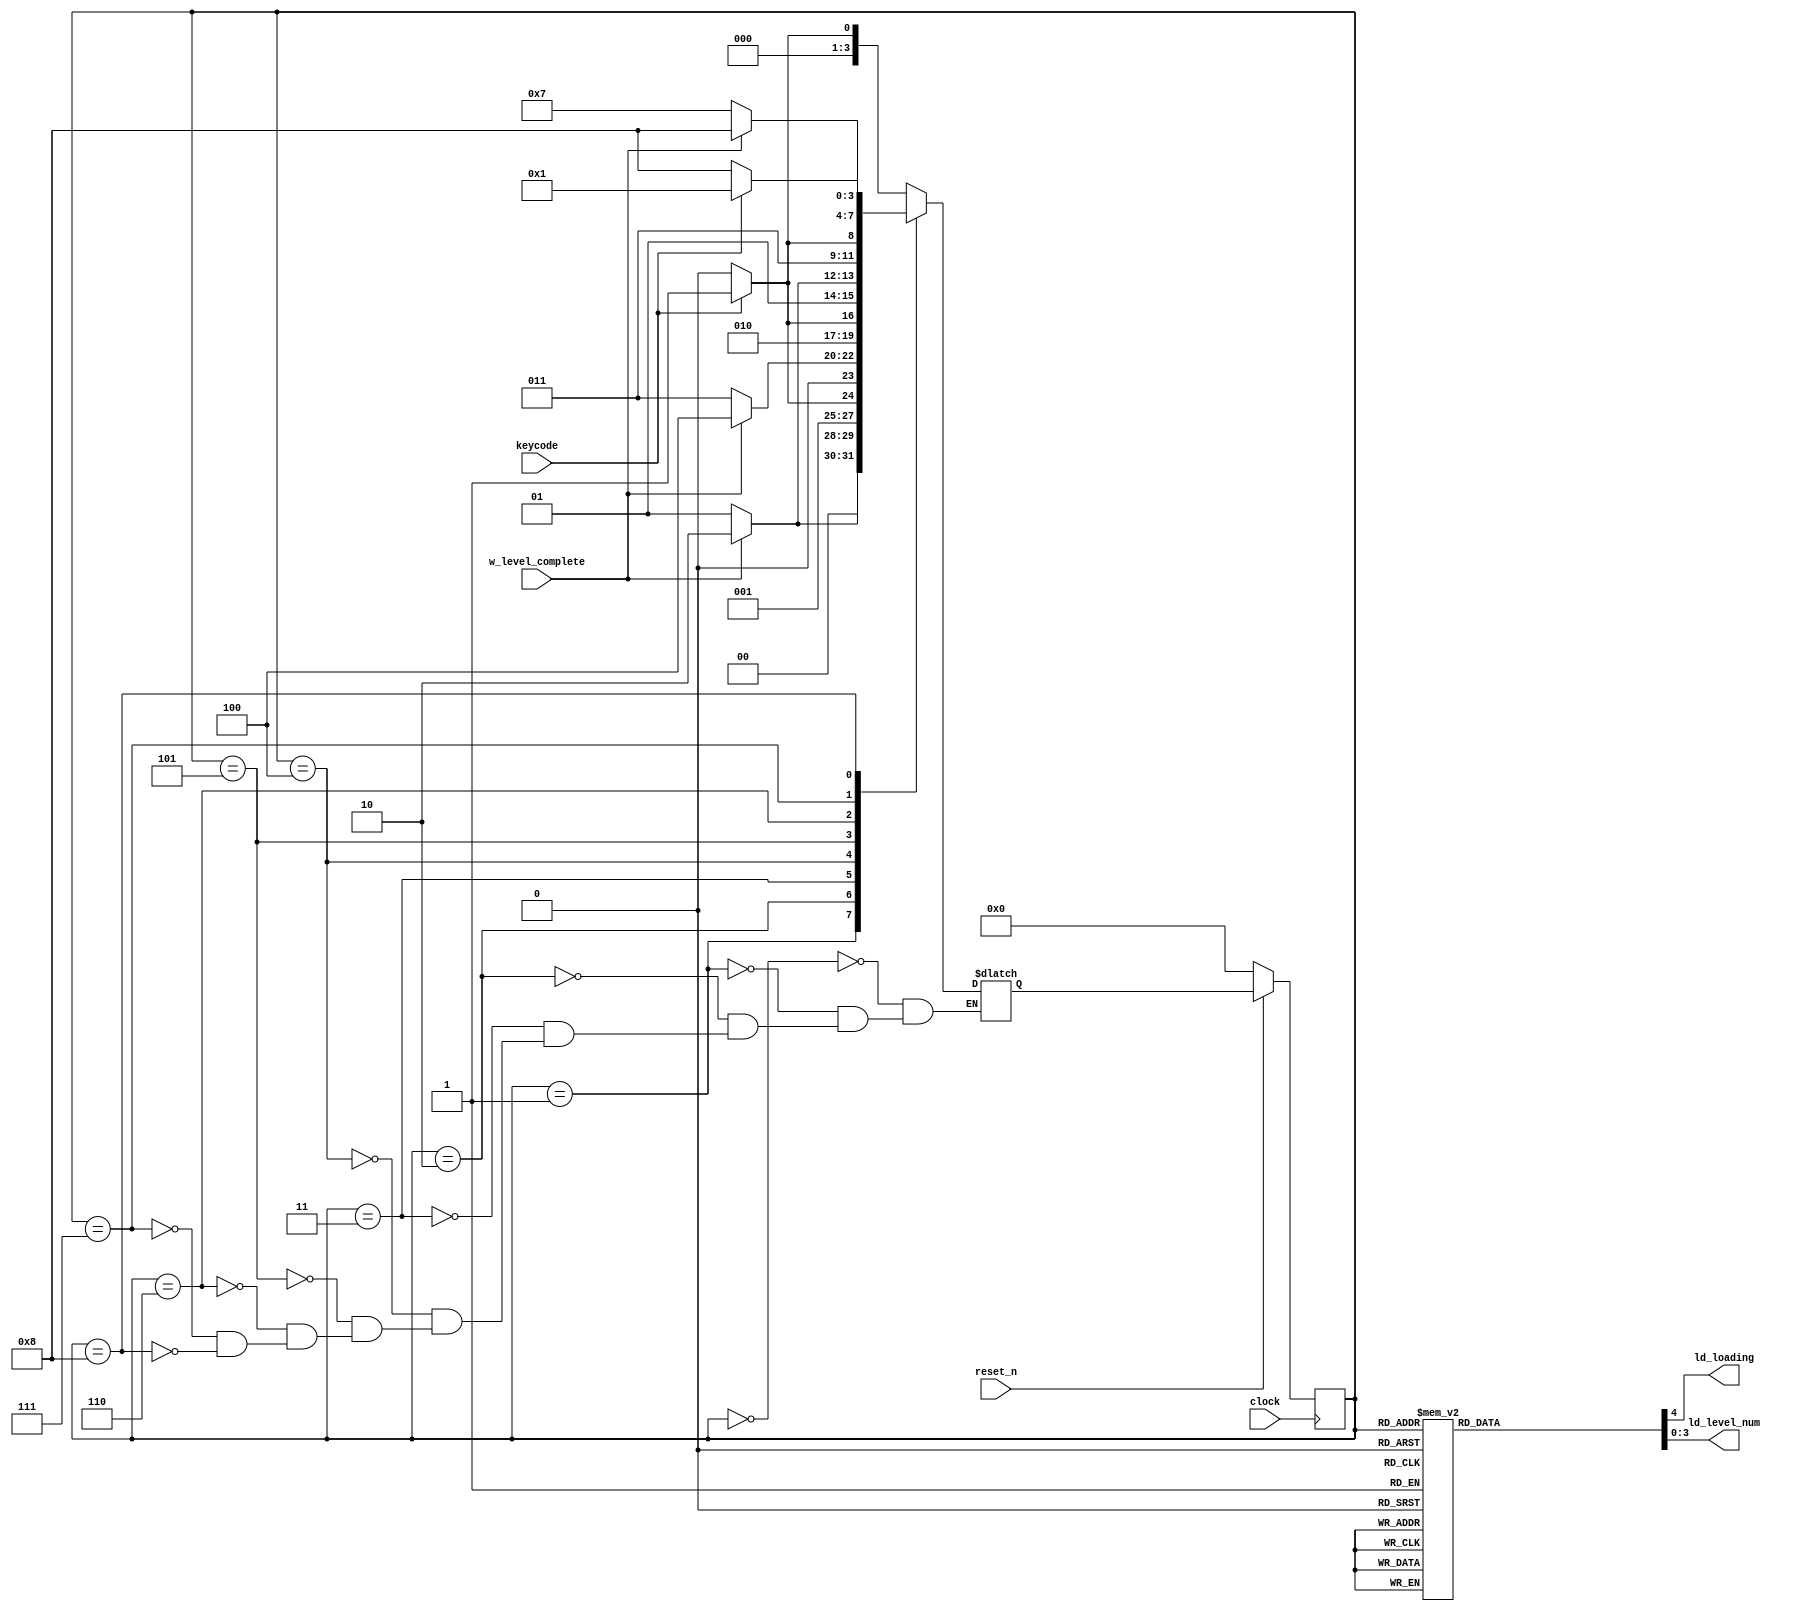

module game_levels(
           input clock,
           input keycode,
           input reset_n,
           input w_level_complete,
           output reg ld_loading,
           output reg [3:0] ld_level_num
       );

reg [3:0] current_state, next_state;

localparam  S_INTRO = 4'd0,
            S_LEVEL_1 = 4'd1,
            S_LEVEL_1_WAIT = 4'd2,
            S_LEVEL_2 = 4'd3,
            S_LEVEL_2_WAIT = 4'd4,
            S_LEVEL_3 = 4'd5,
            S_LEVEL_3_WAIT = 4'd6,
            S_LEVEL_4 = 4'd7,
            S_OUTRO = 4'd8;

wire wkeypressed;
assign wkeypressed = (keycode != 3'b000);

always @(*)
begin: state_table
    case (current_state)
        S_INTRO: next_state = wkeypressed ? S_LEVEL_1 : S_INTRO;
        S_LEVEL_1: next_state = w_level_complete ? S_LEVEL_1_WAIT: S_LEVEL_1;
        S_LEVEL_1_WAIT: next_state = wkeypressed ? S_LEVEL_2 : S_LEVEL_1_WAIT;
        S_LEVEL_2: next_state = w_level_complete ? S_LEVEL_2_WAIT: S_LEVEL_2;
        S_LEVEL_2_WAIT: next_state = wkeypressed ? S_LEVEL_3 : S_LEVEL_2_WAIT;
        S_LEVEL_3: next_state = w_level_complete ? S_LEVEL_3_WAIT: S_LEVEL_3;
        S_LEVEL_3_WAIT: next_state = wkeypressed ? S_LEVEL_4 : S_LEVEL_3_WAIT;
        S_LEVEL_4: next_state = w_level_complete ? S_OUTRO: S_LEVEL_4;
        S_OUTRO: next_state = wkeypressed ? S_LEVEL_1 : S_OUTRO;
    endcase
end
always @(*)
begin
    // default signals are zero
    ld_level_num = 4'b0000;
    ld_loading = 1'b0;
    case (current_state)
        S_INTRO: begin
            ld_level_num = 4'b0000;
            ld_loading = 1'b1;
        end
        S_LEVEL_1: begin
            ld_level_num = 4'b0000;
        end
        S_LEVEL_1_WAIT: begin
            ld_level_num = 4'b0001;
            ld_loading = 1'b1;
        end
        S_LEVEL_2: begin
            ld_level_num = 4'b0001;
        end
        S_LEVEL_2_WAIT: begin
            ld_level_num = 4'b0010;
            ld_loading = 1'b1;
        end
        S_LEVEL_3: begin
            ld_level_num = 4'b0010;
        end
        S_LEVEL_3_WAIT: begin
            ld_level_num = 4'b0011;
            ld_loading = 1'b1;
        end
        S_LEVEL_4: begin
            ld_level_num = 4'b0011;
        end
        S_OUTRO: begin
            ld_level_num = 4'b0000;
            ld_loading = 1'b1;
        end
    endcase
end

always @(posedge clock)
begin: state_FFS
    if (!reset_n)
        current_state = S_INTRO;
    else
        current_state = next_state;
end

endmodule



    module level_handler(
        input clock,
        input ld_loading,
        input [2:0] keycode,
        input [3:0] ld_level_num,
        input reset_n,
        output reg begin_draw,
		  output reg w_level_complete,
        output [7:0] position_x,
        output [6:0] position_y,
        output reg [3:0] sprite_id
    );

// bit [2] crate bit[1:0] wall,floor,goal,black
reg [2:0] level [0:299];

reg [2:0] level1 [0:299];
initial begin
	$readmemb("level1.mem", level1);
end

reg [2:0] level2 [0:299];
initial begin
	$readmemb("level2.mem", level2);
end
reg [2:0] level3 [0:299];
initial begin
	$readmemb("level3.mem", level3);
end

reg [2:0] level4 [0:299];
initial begin
	$readmemb("level4.mem", level4);
end


reg [3:0] player_y;
reg [4:0] player_x;
reg [3:0] cur_y;
reg [4:0] cur_x;

assign position_x = {cur_x, 3'b000};
assign position_y = {cur_y, 3'b000};
wire [2:0] block_above;
wire [2:0] block_below;
wire [2:0] block_right;
wire [2:0] block_left;
assign block_above = level[player_x + 20 * (player_y - 1)];
assign block_below = level[player_x + 20 * (player_y + 1)];
assign block_right = level[player_x + 1 + 20 * (player_y)];
assign block_left = level[player_x - 1 + 20 * (player_y)];

wire [2:0] block_two_above;
wire [2:0] block_two_below;
wire [2:0] block_two_right;
wire [2:0] block_two_left;

assign block_two_above = level[player_x + 20 * (player_y - 2)];
assign block_two_below = level[player_x + 20 * (player_y + 2)];
assign block_two_right = level[player_x + 2 + 20 * (player_y)];
assign block_two_left = level[player_x - 2 + 20 * (player_y)];

reg [6:0] sprite_timer;
reg [8:0] grid_loc;
reg [8:0] copy_helper;
reg level_complete_helper;

always @(posedge clock)
begin //begin always

    if (!reset_n)
    begin
		  level_complete_helper <= 0;
        sprite_id <= 4'd0;
        begin_draw <= 0;
        grid_loc <= 9'b000000000;
        sprite_timer <= 7'b0000000;
        cur_x <= 0;
        cur_y <= 0;
		  player_y <= 4'b0000;
        player_x <= 5'b00000;
		  copy_helper <= 9'b000000000;
		  w_level_complete <= 0;
    end
	 else if (ld_loading)
	 begin
		  w_level_complete <= 0;
		  level_complete_helper <= 0;
	     grid_loc <= 9'b000000000;
        sprite_timer <= 7'b0000000;

		  if (copy_helper == 9'd0) begin
				begin_draw <= 1;
			end
			else if (copy_helper == 9'd1) begin
				begin_draw <= 0;
				sprite_id <= 4'd6;
				cur_x <= 1;
				cur_y <= 0;
			end
			else if (copy_helper == 9'd68) begin
				begin_draw <= 1;
			end
			else if (copy_helper == 9'd69) begin
				begin_draw <= 0;
				sprite_id <= 4'd7;
				cur_x <= 2;
			end
			else if (copy_helper == 9'd140) begin
				begin_draw <= 1;
			end
			else if (copy_helper == 9'd141) begin
				begin_draw <= 0;
				cur_x <= 3;
				sprite_id <= 4'd8 + ld_level_num;
			end
			else if (copy_helper == 9'd260) begin
				cur_x <= 0;
				cur_y <= 0;
			end
			
			
		  if(ld_level_num == 4'b0000) begin
				if (copy_helper < 9'b100101100) begin
					level[copy_helper] <= level1[copy_helper];
					copy_helper <= copy_helper + 1;
				end
				player_y <= 4'b1010;
				player_x <= 5'b01011;
			end
			else if(ld_level_num == 4'b0001) begin
				if (copy_helper < 9'b100101100) begin
					level[copy_helper] <= level2[copy_helper];
					copy_helper <= copy_helper + 1;
				end
				player_y <= 4'b0011;
				player_x <= 5'b01111;
			end
			else if(ld_level_num == 4'b0010) begin
				if (copy_helper < 9'b100101100) begin
					level[copy_helper] <= level3[copy_helper];
					copy_helper <= copy_helper + 1;
				end
				player_y <= 4'b1011;
				player_x <= 5'b01010;
			end
			else if(ld_level_num == 4'b0011) begin
				if (copy_helper < 9'b100101100) begin
					level[copy_helper] <= level4[copy_helper];
					copy_helper <= copy_helper + 1;
				end
				player_y <= 4'b1000;
				player_x <= 5'b01111;
			end
			
//
	 end
	 else if (~ld_loading)
	 begin
			copy_helper <= 9'b000000000;
			 if (grid_loc < 9'b100101100)
			 begin
				  if (sprite_timer == 7'b0000000)
				  begin
						//player model
						if ( (cur_x == player_x) && (cur_y == player_y))
							 sprite_id <= 4'b0010;
						//goal and crate
						else if (level[grid_loc] == 3'b110)
							 sprite_id <= 4'b0101;
						//floor and crate
						else if (level[grid_loc] == 3'b101)
						begin
							level_complete_helper <= 0;
							 sprite_id <= 4'b0001;
						end
						//wall,floor,goal,black
						else if (level[grid_loc][1:0] == 2'b00)
							 sprite_id <= 4'b0000;
						else if (level[grid_loc][1:0] == 2'b01)
							 sprite_id <= 4'b0011;
						else if (level[grid_loc][1:0] == 2'b10)
							 sprite_id <= 4'b0100;
						else if (level[grid_loc][1:0] == 2'b11)
							 sprite_id <= 4'b1100;
						sprite_timer <= sprite_timer + 1;
				  end
				  else if (sprite_timer == 7'b0000001) begin
						sprite_timer <= sprite_timer + 1;
						begin_draw <= 1;
				  end
				  else if (sprite_timer == 7'b0000010) begin
						sprite_timer <= sprite_timer + 1;
						begin_draw <= 0;
				  end
				  else if (sprite_timer == 7'b1000100)
				  begin
						if (cur_x == 8'd19) begin
							 cur_x <= 8'b00000000;
							 cur_y <= cur_y + 1;
						end
						else
							 cur_x <= cur_x + 1;
						sprite_timer <= 7'b0000000;
						grid_loc <= grid_loc + 1;
				  end
				  else
				  begin
						begin_draw <= 0;
						sprite_timer <= sprite_timer + 1;
				  end
					
					if (grid_loc == 9'b100101011)
						w_level_complete <= level_complete_helper;
				  // check if it works
			 end
		
			 else if ((keycode != 3'b000))
			 begin //keypress
	
				  if(keycode == 3'b001) //going up
				  begin
						//check if empty space no crate
						if ((block_above[2] == 0) && (block_above[1:0] != 2'b00))
						begin
							 player_y <= player_y - 1;
						end
						// check if block with pushable space
						else if ((block_above[2] == 1) && (block_two_above[1:0] != 2'b00) && (block_two_above[2] != 1) )
						begin
							 player_y <= player_y - 1;
							 level[player_x + 20 * (player_y - 1)][2] <= 0;
							 level[player_x + 20 * (player_y - 2)][2] <= 1;
						end
				  end //finish up checking
		
		
				  else if(keycode == 3'b010) //right
				  begin
						//check if empty space no crate
						if ((block_right[2] == 0) && (block_right[1:0] != 2'b00))
						begin
							 player_x <= player_x + 1;
						end
						// check if block with pushable space
						else if ((block_right[2] == 1) && (block_two_right[1:0] != 2'b00) && (block_two_right[2] != 1) )
						begin
							 player_x <= player_x + 1;
							 level[player_x + 1 + 20 * (player_y)][2] <= 0;
							 level[player_x + 2 + 20 * (player_y)][2] <= 1;
						end
				  end//finish right checking
		
		
				  else if(keycode == 3'b011) //down
				  begin
						//check if empty space no crate
						if ((block_below[2] == 0) && (block_below[1:0] != 2'b00))
						begin
							 player_y <= player_y + 1;
						end
						// check if block with pushable space
						else if ((block_below[2] == 1) && (block_two_below[1:0] != 2'b00) && (block_two_below[2] != 1) )
						begin
							 player_y <= player_y + 1;
							 level[player_x + 20 * (player_y + 1)][2] <= 0;
							 level[player_x + 20 * (player_y + 2)][2] <= 1;
						end
				  end //finish down checking
		
		
				  else if(keycode == 3'b100) //left
				  begin
						//check if empty space no crate
						if ((block_left[2] == 0) && (block_left[1:0] != 2'b00))
						begin
							 player_x <= player_x - 1;
						end
						// check if block with pushable space
						else if ((block_left[2] == 1) && (block_two_left[1:0] != 2'b00) && (block_two_left[2] != 1) )
						begin
							 player_x <= player_x - 1;
							 level[player_x - 1 + 20 * (player_y)][2] <= 1'b0;
							 level[player_x - 2 + 20 * (player_y)][2] <= 1;
						end
				  end //finish left checking
				  grid_loc <= 9'b000000000;
				  sprite_timer <= 7'b0000000;
				  level_complete_helper <= 1;
				  cur_x <= 0;
				  cur_y <= 0;
		
			 end //keypress


     end

end

endmodule